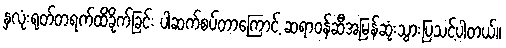
နှလုံးရုတ်တရက်ထိခိုက်ခြင်း ပါဆက်စပ်တာကြောင့် ဆရာဝန်ဆီအမြန်ဆုံးသွားပြသင့်ပါတယ်။